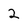
Character: 2